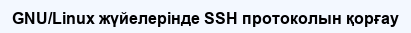
GNU/Linux жүйелерінде SSH протоколын қорғау